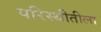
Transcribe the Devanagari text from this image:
परिस्थीतीला